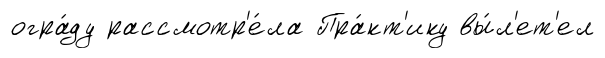
огра́ду рассмотр'е́ла Пра́кт'ику вы́л'ет'ел